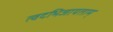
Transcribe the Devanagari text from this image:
त्वदभिजायताम्